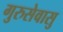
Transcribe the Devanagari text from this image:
गुरुसेवासु